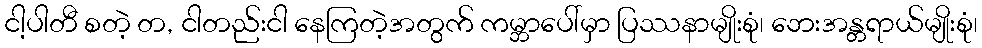
ငါ့ပါတီ စတဲ့ တ, ငါတည်းငါ နေကြတဲ့အတွက် ကမ္ဘာပေါ်မှာ ပြဿနာမျိုးစုံ၊ ဘေးအန္တရာယ်မျိုးစုံ၊